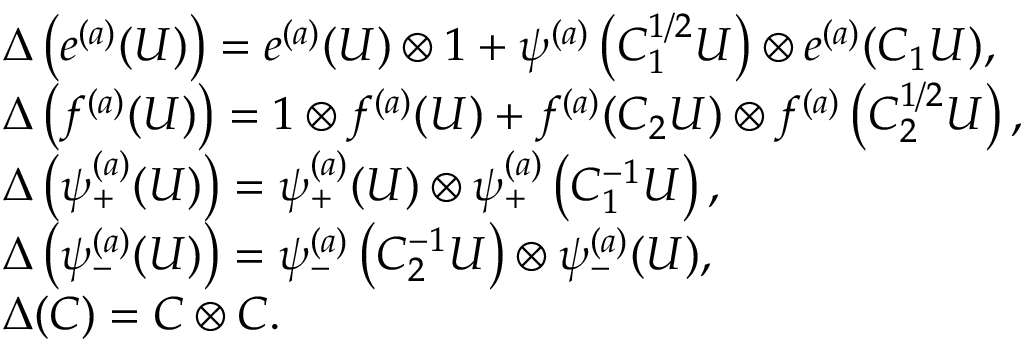
\begin{array} { r l } & { \Delta \left( e ^ { ( a ) } ( U ) \right) = e ^ { ( a ) } ( U ) \otimes 1 + \psi ^ { ( a ) } \left( C _ { 1 } ^ { 1 / 2 } U \right) \otimes e ^ { ( a ) } ( C _ { 1 } U ) , } \\ & { \Delta \left( f ^ { ( a ) } ( U ) \right) = 1 \otimes f ^ { ( a ) } ( U ) + f ^ { ( a ) } ( C _ { 2 } U ) \otimes f ^ { ( a ) } \left( C _ { 2 } ^ { 1 / 2 } U \right) , } \\ & { \Delta \left( \psi _ { + } ^ { ( a ) } ( U ) \right) = \psi _ { + } ^ { ( a ) } ( U ) \otimes \psi _ { + } ^ { ( a ) } \left( C _ { 1 } ^ { - 1 } U \right) , } \\ & { \Delta \left( \psi _ { - } ^ { ( a ) } ( U ) \right) = \psi _ { - } ^ { ( a ) } \left( C _ { 2 } ^ { - 1 } U \right) \otimes \psi _ { - } ^ { ( a ) } ( U ) , } \\ & { \Delta ( C ) = C \otimes C . } \end{array}